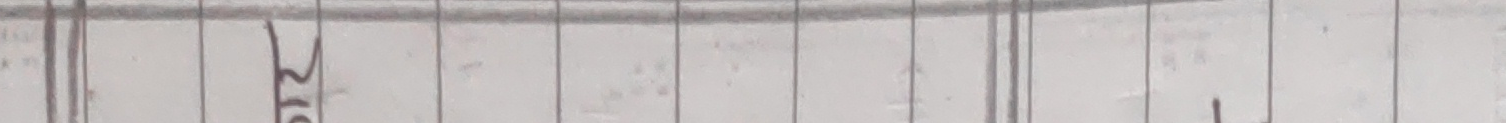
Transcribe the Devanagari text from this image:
२७०